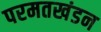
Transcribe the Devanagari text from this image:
परमतखंडन